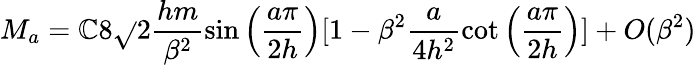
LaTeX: M_{a}=\mathbb{C}8\sqrt{}{{2}}\frac{{hm}}{{\beta^{2}}}\sin\left(\frac{{a\pi}}{{2h}}\right)[1-\beta^{2}\frac{{a}}{{4h^{2}}}\cot\left(\frac{{a\pi}}{{2h}}\right)]+O(\beta^{2})